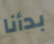
بدأنا